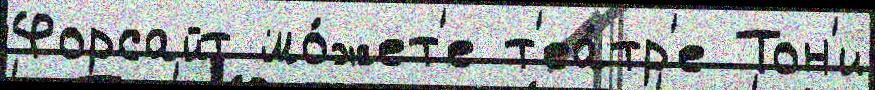
Форсайт мо́жет'е т'еа́тр'е Тон'и